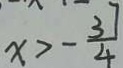
x > - \frac { 3 7 } { 4 }